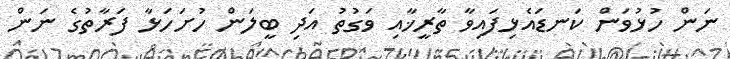
ނަން ހުޅުވަން ކަނޑައެޅިފައިވާ ތާރީޚާއި ވަގުތު އަދި ބީލަން ހުށަހަޅާ ފަރާތުގެ ނަން